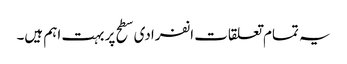
یہ تمام تعلقات انفرادی سطح پر بہت اہم ہیں۔